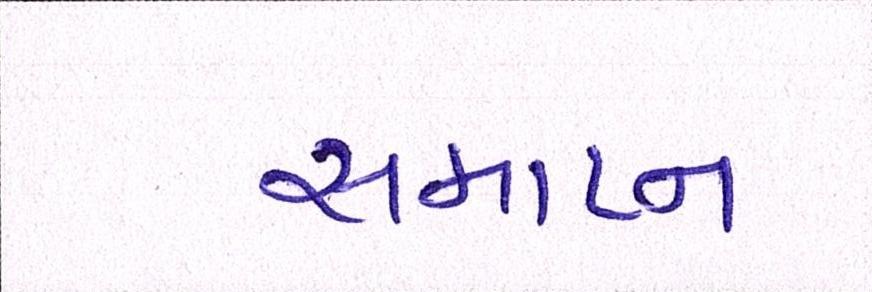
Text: સમાપ્ન